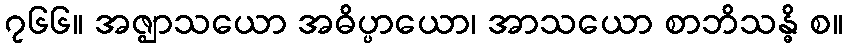
၇၆၆။ အဇ္ဈာသယော အဓိပ္ပာယော၊ အာသယော စာဘိသန္ဓိ စ။